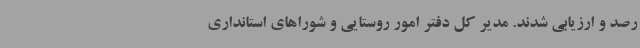
رصد و ارزیابی شدند. مدیر کل دفتر امور روستایی و شوراهای استانداری